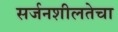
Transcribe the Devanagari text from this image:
सर्जनशीलतेचा